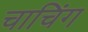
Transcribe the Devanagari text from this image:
चाचिंग